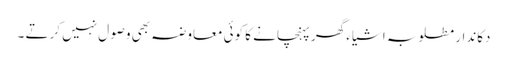
دکاندار مطلوبہ اشیا ء گھر پہنچانے کا کوئی معاوضہ بھی وصول نہیں کرتے ۔